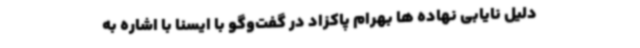
دلیل نایابی نهاده ها بهرام پاکزاد در گفت‌وگو با ایسنا با اشاره به